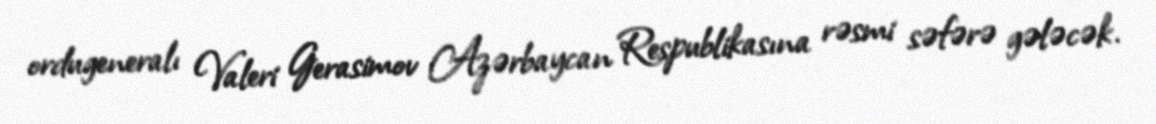
ordugeneralı Valeri Gerasimov Azərbaycan Respublikasına rəsmi səfərə gələcək.